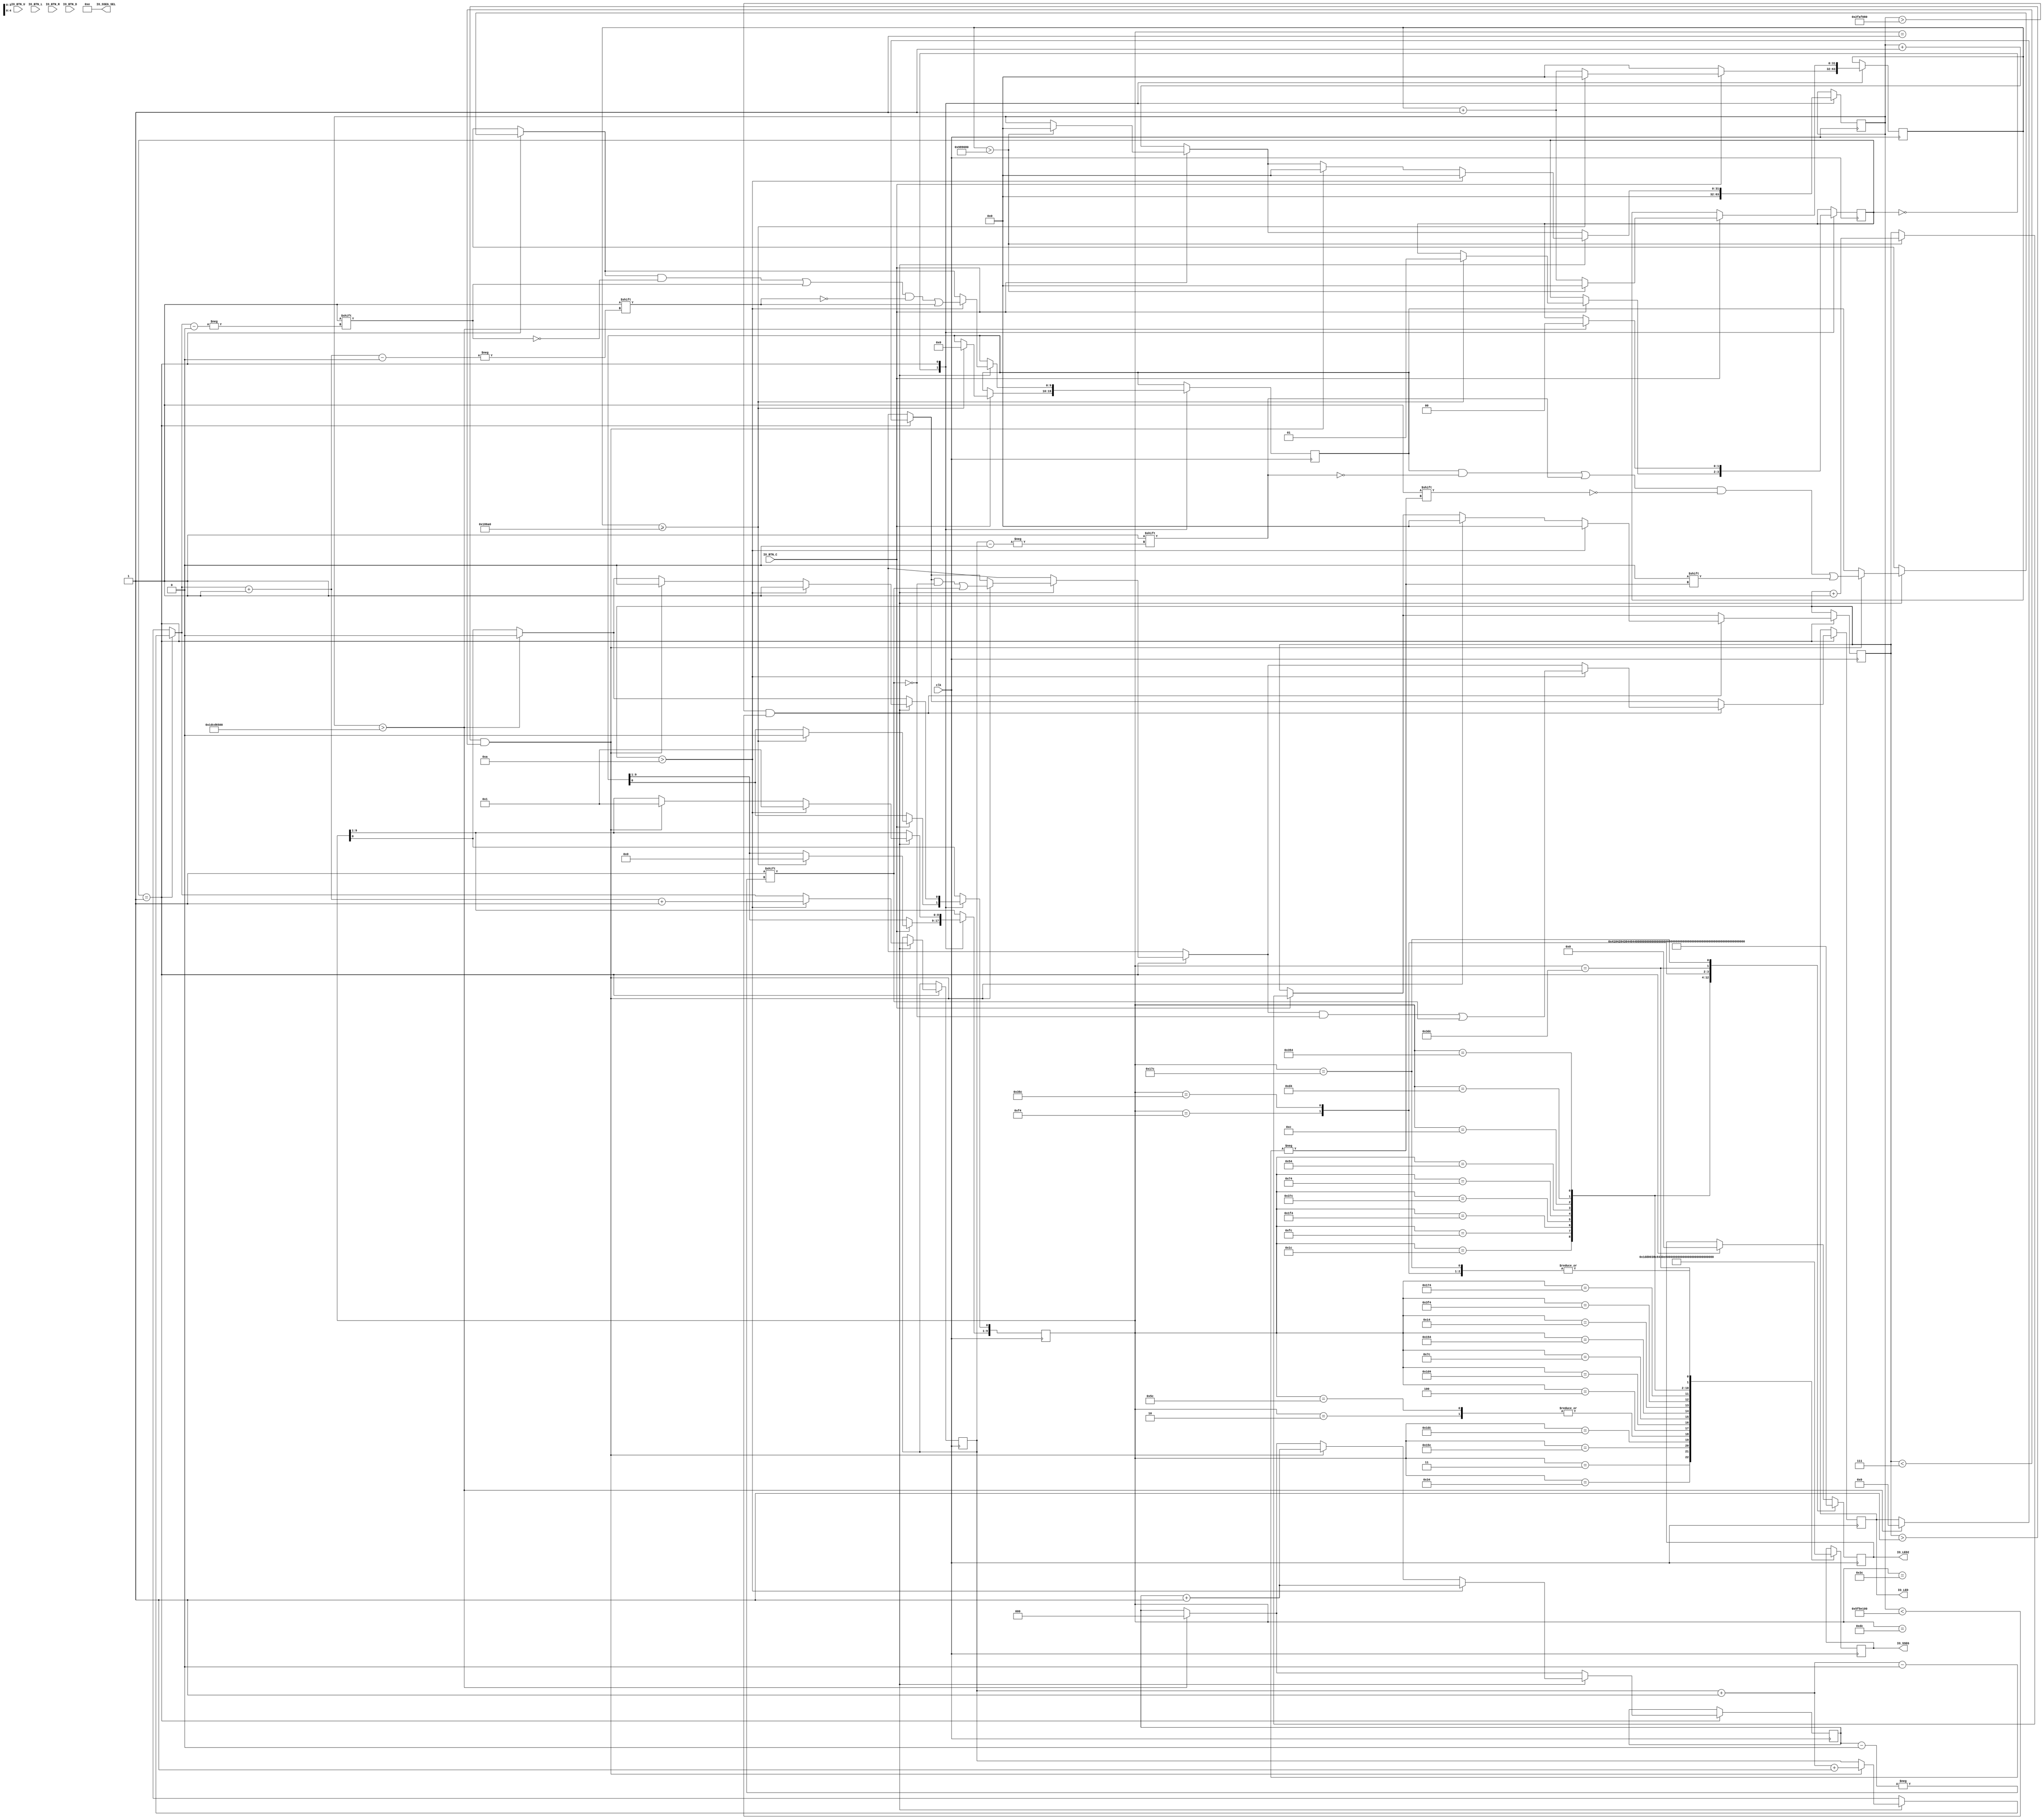
module Digital_Clock(
    input clk, 
    input IO_BTN_C,IO_BTN_U, IO_BTN_L, IO_BTN_R, IO_BTN_D,
   
    output reg [6:0]  IO_SSEG, output [3:0] IO_SSEG_SEL ,
    output reg [3:0] IO_LED , output reg [11:0] IO_LED2 
   
    );
    reg [9:0] d=1;
   reg [2:0] IO=0;
    reg [31:0] counter = 0;
    reg [31:0] press_count=0;
    reg [31:0] empty_count=0;
    assign IO_SSEG_SEL = 4'b1110;
    parameter max = 50000000;
    
    reg [5:0] Hours, Minutes, Seconds,hours2,minutes2 = 0; 
    reg [3:0] D0,D1, D2, D3 = 0; 
  
    reg[4:0] d_counter = 2;
   reg [9:0] do=1;
    reg [31:0] debounce=0;
    parameter debounceLim= 10000000; 
    reg alarmLED,alarmSwitch = 0; 
    

    
//    sevseg display(.clk(clk)      
//       ,.dr(do),
//       .IO_SSEG_SEL(IO_SSEG_SEL),
//        .IO_SSEG(IO_SSEG)
        
//       );
    
   
    parameter IDLE = 0,Sense=1; 
    

    reg [1:0] Mode = IDLE;
    
    
    always @(posedge clk)
     begin
        case(Mode)
            IDLE: 
            begin 
            debounce<=0;
            empty_count<=0; 
            do<=d;
            if( IO_BTN_C) begin if(debounce>=100000)begin debounce<=0; do<=0; d<=0; Mode<= Sense;end else begin debounce<=debounce+1; end end
               
            end //Running
            Sense: begin
              IO_LED2<=0;
               if(empty_count>500000000)
                 begin
                 Mode<=IDLE; do[0]<=0; IO<=0; IO_LED<=0; d_counter<=2; 
                 end
                if( IO_BTN_C) begin if(debounce>10000000) begin empty_count<=0; debounce<=0; press_count<=press_count+1; end else begin debounce<=debounce+1; end end
                if( IO_BTN_C==0) begin empty_count<=empty_count+1; end
                

                  if(empty_count>50000000&&empty_count<100000000) begin
                    if(press_count>1&&press_count<7) begin  IO_LED[IO]<=1; IO<=IO+1; do<=2;  d[d_counter]=1; d_counter= d_counter+1;d[d_counter]=0; d_counter= d_counter+1; press_count<=0;empty_count<=0; end
                    if(press_count>10) begin do<=3;  IO_LED[IO]<=1; IO<=IO+1;  d[d_counter]=1; d_counter= d_counter+1;d[d_counter]=1; d_counter= d_counter+1; press_count<=0;empty_count<=0; end
                  end

                 
                 
                 
                
            end 
             
            
        endcase 
        case(do)
		     10'b0000000001 : begin IO_SSEG <= 7'b1111111; end
             10'b0000000010 : begin IO_SSEG <= 7'b0100001; end
             10'b0000000011 : begin IO_SSEG <= 7'b1110111;end
             10'b0000110100 : begin  IO_SSEG <= 7'b0100000; IO_LED2<= 65; end //A
             10'b0101011100 : begin IO_SSEG <= 7'b0000011; IO_LED2<= 66; end //B
             10'b0111011100 : begin IO_SSEG <= 7'b1000110; IO_LED2<= 67; end //C
             10'b0001011100 : begin IO_SSEG <= 7'b0100001; IO_LED2<= 68; end //D
             10'b0000000100 : begin IO_SSEG <= 7'b0000110; IO_LED2<= 69; end //E
             10'b0111010100 : begin IO_SSEG <= 7'b0001110;IO_LED2<= 70; end //F
             10'b0001111100 : begin IO_SSEG <= 7'b1000010;IO_LED2<= 71; end //G
             10'b0101010100 : begin IO_SSEG <= 7'b0001011;IO_LED2<= 72; end //H
             10'b0000010100 : begin IO_SSEG <= 7'b1001111;IO_LED2<= 73; end //I
             10'b1111110100 : begin IO_SSEG <= 7'b1100001;IO_LED2<= 74; end //J
             10'b0011011100 : begin IO_SSEG <= 7'b1111111;  IO_LED2<= 75; end //K
             10'b0101110100 : begin IO_SSEG <= 7'b1000111;IO_LED2<= 76; end //L
             10'b0000111100 : begin IO_SSEG <= 7'b1111111; IO_LED2<= 77; end //M
             10'b0000011100 : begin IO_SSEG <= 7'b0101011;IO_LED2<= 78; end //N
             10'b0011111100 : begin IO_SSEG <= 7'b1000000;IO_LED2<= 79; end //O
             10'b0111110100 : begin IO_SSEG <= 7'b0001100;IO_LED2<= 80; end //P
             10'b1101111100 : begin IO_SSEG <= 7'b0011000;IO_LED2<= 81; end //Q
             10'b0001110100 : begin IO_SSEG <= 7'b0101111;IO_LED2<= 82; end //R
             10'b0001010100 : begin IO_SSEG <= 7'b0010010;IO_LED2<= 83; end //S
             10'b0000001100 : begin IO_SSEG <= 7'b0000111;IO_LED2<= 84; end //T
             10'b0011010100 : begin IO_SSEG <= 7'b1000001;IO_LED2<= 85; end //U
             10'b1101010100 : begin IO_SSEG <= 7'b1100011;IO_LED2<= 86; end //V
             10'b0011110100 : begin IO_SSEG <= 7'b1111111; IO_LED2<= 87; end //W
             10'b1101011100 : begin IO_SSEG <= 7'b1111111; IO_LED2<= 88; end //X
             10'b1111011100 : begin  IO_SSEG <= 7'b0010001; IO_LED2<= 89; end //Y
             10'b0101111100 : begin IO_SSEG <= 7'b1111111; IO_LED2<= 90; end //Z
		 endcase
        
     
        end 
   
endmodule